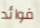
فوائد